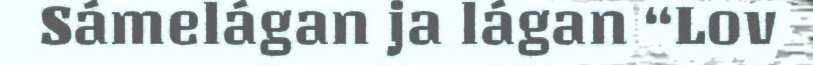
Sámelágan ja lágan “Lov